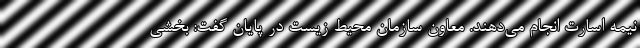
نیمه اسارت انجام می‌دهند. معاون سازمان محیط زیست در پایان گفت: بخشی